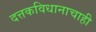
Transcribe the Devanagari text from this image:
दत्तकविधानाचाही